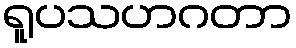
ရူပသဟဂတာ